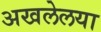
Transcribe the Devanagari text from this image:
अखलेलया